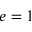
e = 1